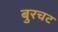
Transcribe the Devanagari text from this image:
बुरचट